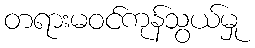
တရားမဝင်ကုန်သွယ်မှု